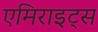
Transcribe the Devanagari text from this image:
एमिराइट्स